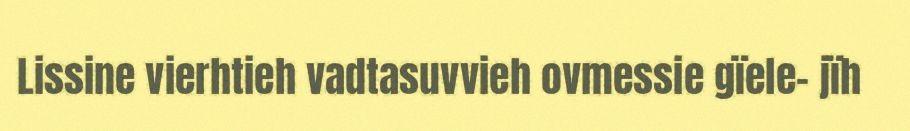
Lissine vierhtieh vadtasuvvieh ovmessie gïele- jïh